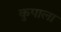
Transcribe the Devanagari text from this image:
कुपाला